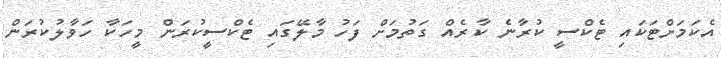
އެކަމަށްޓަކައި ޓެކްސީ ކުރާނެ ކާރެއް ގަތުމަށް ފަހު މާލޭގައި ޓެކްސީކުރަން މީހަކާ ހަވާލުކުރަން